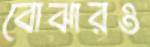
বোঝারও